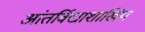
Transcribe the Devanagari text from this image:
आंतर्विद्याशाखिय